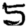
Digit: 5